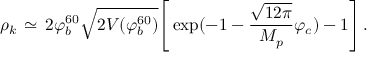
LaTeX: \rho _ { k } \, \simeq \, 2 \varphi _ { b } ^ { 6 0 } \sqrt { 2 V ( \varphi _ { b } ^ { 6 0 } ) } \Biggr [ \exp ( - 1 - \frac { \sqrt { 1 2 \pi } } { M _ { p } } \varphi _ { c } ) - 1 \Biggr ] \, .